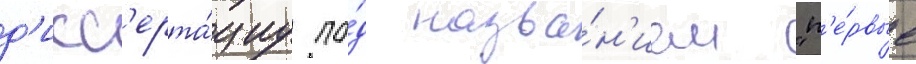
д'исс'ерта́циу по́д назва́н'ием "п'е́рвые